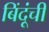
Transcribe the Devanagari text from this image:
बिंदूंची